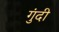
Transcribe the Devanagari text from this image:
गुंदी